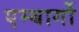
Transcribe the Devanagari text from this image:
एम्बार्गो